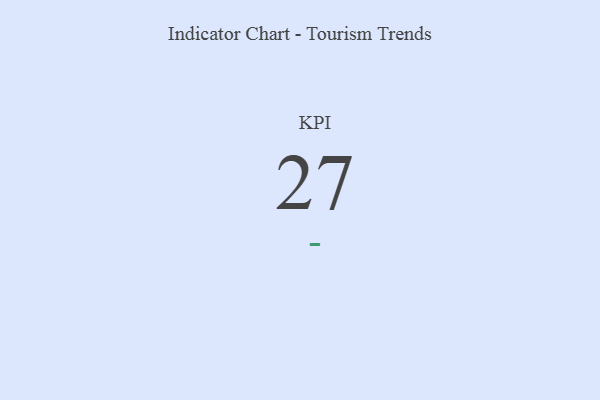
{"axis": {"x": "KPI", "y": "Value"}, "legend": [""], "data": [{"x": "KPI", "y": 27, "type": ""}]}